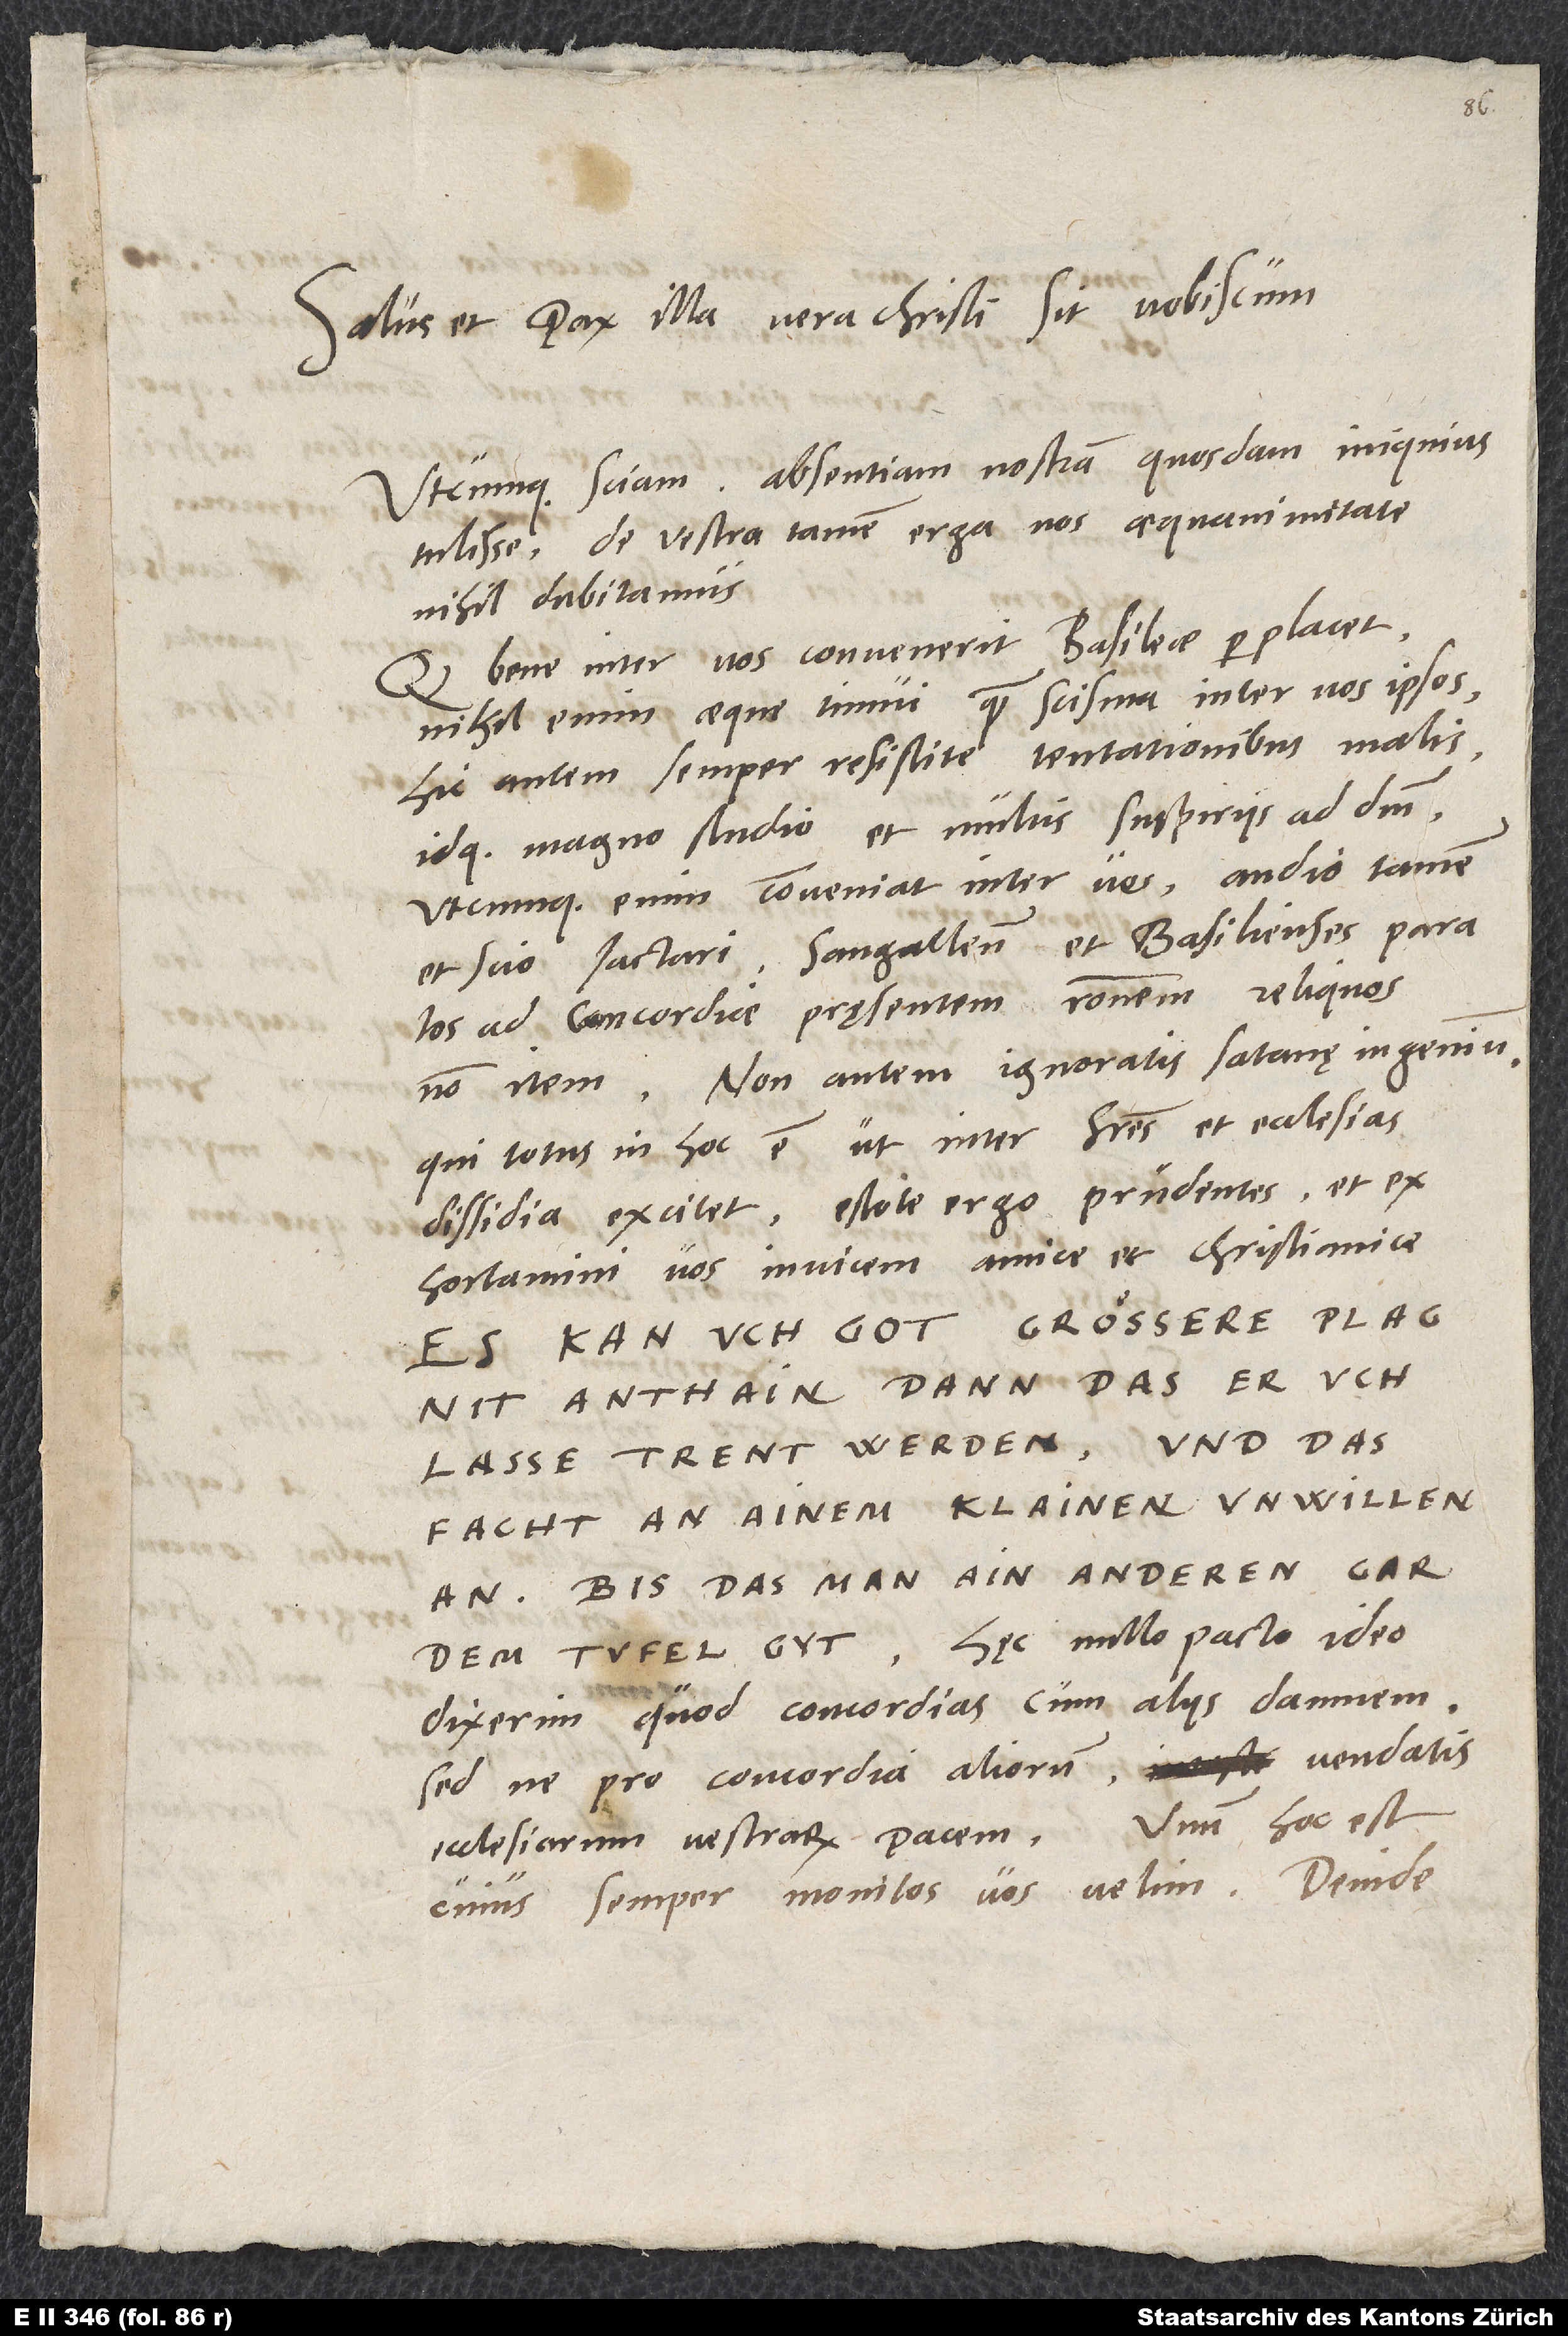
Salus et pax illa vera Christi sit vobiscum.
Utcumque sciam absentiam nostram quosdam iniquius
tulisse, de vestra tamen erga nos aequanimitate
nihil dubitamus.
Quod bene inter vos convenerit Basileae, perplacet.
Nihil enim aeque timui quam scisma inter nos ipsos.
Hic autem semper resistite tentationibus malis
idque magno studio et multis suspiriis ad deum.
Utcumque enim conveniat inter vos, audio tamen
et scio iactari Sangallenses et Basilienses paratos
ad concordiae pręsentem rationem, reliquos
non item. Non autem ignoratis satanę ingenium,
qui totus in hoc est, ut inter fratres et ecclesias
dissidia excitet. Estote ergo prudentes et
exhortamini vos invicem amice et christianice.
dem tufel gyt. Hęc nullo pacto ideo
dixerim, quod concordias cum aliis damnem,
sed ne pro concordia aliorum vendatis
ecclesiarum vestrarum pacem. Unum hoc est,
cuius semper monitos vos velim. Deinde